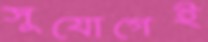
সুযোগেই